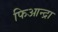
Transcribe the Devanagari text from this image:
फिआन्द्रा